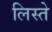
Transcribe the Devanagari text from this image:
लिस्ते